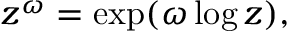
z ^ { \omega } = \exp ( \omega \log z ) ,